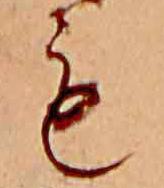
も